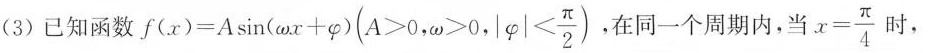
(3)已知函数$$f ( x ) = A \sin ( ω x + \varphi ) ( A > 0 , ω > 0 , | \varphi | < \frac { π } { 2 } )$$，在同一个周期内，当$$x = \frac { π } { 4 }$$时，